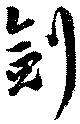
剣